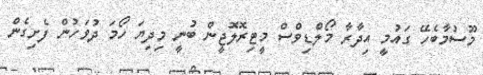
މޫސުމާބެހޭ ގައުމީ އިދާރާ މޯލްޑިވްސް މީޓިރޮލޮޖީން ބުނީ މިދިޔަ ހޯމަ ދުވަހުން ފެށިގެން